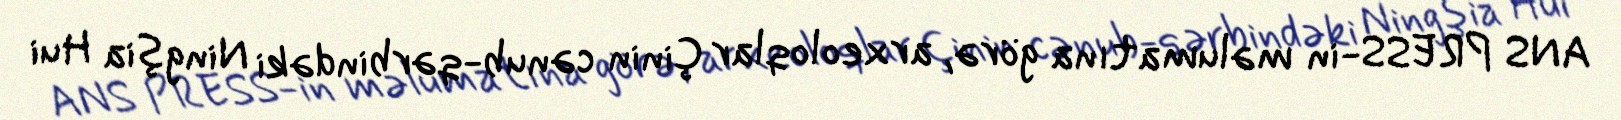
ANS PRESS-in məlumatına görə, arxeoloqlar Çinin cənub-qərbindəki Ningşia Hui